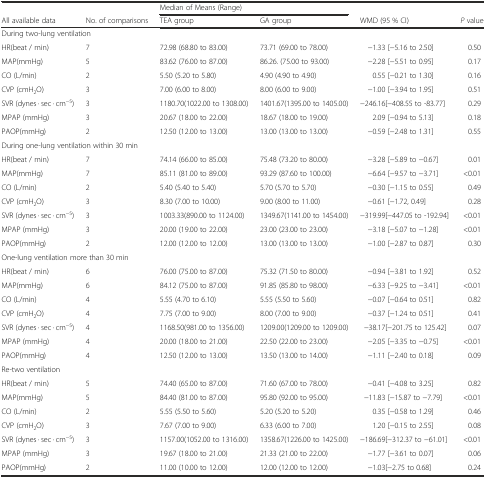
<table><thead><tr><td></td><td></td><td colspan="2"><b>Median of Means (Range)</b></td><td></td><td></td></tr><tr><td><b>All available data</b></td><td><b>No. of comparisons</b></td><td><b>TEA group</b></td><td><b>GA group</b></td><td><b>WMD (95 % CI)</b></td><td><b><i>P</i> value</b></td></tr></thead><tbody><tr><td colspan="6">During two-lung ventilation</td></tr><tr><td>HR(beat / min)</td><td>7</td><td>72.98 (68.80 to 83.00)</td><td>73.71 (69.00 to 78.00)</td><td>−1.33 [−5.16 to 2.50]</td><td>0.50</td></tr><tr><td>MAP(mmHg)</td><td>5</td><td>83.62 (76.00 to 87.00)</td><td>86.26. (75.00 to 93.00)</td><td>−2.28 [−5.51 to 0.95]</td><td>0.17</td></tr><tr><td>CO (L/min)</td><td>2</td><td>5.50 (5.20 to 5.80)</td><td>4.90 (4.90 to 4.90)</td><td>0.55 [−0.21 to 1.30]</td><td>0.16</td></tr><tr><td>CVP (cmH<sub>2</sub>O)</td><td>3</td><td>7.00 (6.00 to 8.00)</td><td>8.00 (6.00 to 9.00)</td><td>−1.00 [−3.94 to 1.95]</td><td>0.51</td></tr><tr><td>SVR (dynes · sec · cm<sup>−5</sup>)</td><td>3</td><td>1180.70(1022.00 to 1308.00)</td><td>1401.67(1395.00 to 1405.00)</td><td>−246.16[−408.55 to -83.77]</td><td>0.29</td></tr><tr><td>MPAP (mmHg)</td><td>3</td><td>20.67 (18.00 to 22.00)</td><td>18.67 (18.00 to 19.00)</td><td>2.09 [−0.94 to 5.13]</td><td>0.18</td></tr><tr><td>PAOP(mmHg)</td><td>2</td><td>12.50 (12.00 to 13.00)</td><td>13.00 (13.00 to 13.00)</td><td>−0.59 [−2.48 to 1.31]</td><td>0.55</td></tr><tr><td colspan="6">During one-lung ventilation within 30 min</td></tr><tr><td>HR(beat / min)</td><td>7</td><td>74.14 (66.00 to 85.00)</td><td>75.48 (73.20 to 80.00)</td><td>−3.28 [−5.89 to −0.67]</td><td>0.01</td></tr><tr><td>MAP(mmHg)</td><td>7</td><td>85.11 (81.00 to 89.00)</td><td>93.29 (87.60 to 100.00)</td><td>−6.64 [−9.57 to −3.71]</td><td>&lt;0.01</td></tr><tr><td>CO (L/min)</td><td>2</td><td>5.40 (5.40 to 5.40)</td><td>5.70 (5.70 to 5.70)</td><td>−0.30 [−1.15 to 0.55]</td><td>0.49</td></tr><tr><td>CVP (cmH<sub>2</sub>O)</td><td>3</td><td>8.30 (7.00 to 10.00)</td><td>9.00 (8.00 to 11.00)</td><td>−0.61 [−1.72, 0.49]</td><td>0.28</td></tr><tr><td>SVR (dynes · sec · cm<sup>−5</sup>)</td><td>3</td><td>1003.33(890.00 to 1124.00)</td><td>1349.67(1141.00 to 1454.00)</td><td>−319.99[−447.05 to -192.94]</td><td>&lt;0.01</td></tr><tr><td>MPAP (mmHg)</td><td>3</td><td>20.00 (19.00 to 22.00)</td><td>23.00 (23.00 to 23.00)</td><td>−3.18 [−5.07 to −1.28]</td><td>&lt;0.01</td></tr><tr><td>PAOP(mmHg)</td><td>2</td><td>12.00 (12.00 to 12.00)</td><td>13.00 (13.00 to 13.00)</td><td>−1.00 [−2.87 to 0.87]</td><td>0.30</td></tr><tr><td colspan="6">One-lung ventilation more than 30 min</td></tr><tr><td>HR(beat / min)</td><td>6</td><td>76.00 (75.00 to 87.00)</td><td>75.32 (71.50 to 80.00)</td><td>−0.94 [−3.81 to 1.92]</td><td>0.52</td></tr><tr><td>MAP(mmHg)</td><td>6</td><td>84.12 (75.00 to 87.00)</td><td>91.85 (85.80 to 98.00)</td><td>−6.33 [−9.25 to −3.41]</td><td>&lt;0.01</td></tr><tr><td>CO (L/min)</td><td>4</td><td>5.55 (4.70 to 6.10)</td><td>5.55 (5.50 to 5.60)</td><td>−0.07 [−0.64 to 0.51]</td><td>0.82</td></tr><tr><td>CVP (cmH<sub>2</sub>O)</td><td>4</td><td>7.75 (7.00 to 9.00)</td><td>8.00 (7.00 to 9.00)</td><td>−0.37 [−1.24 to 0.51]</td><td>0.41</td></tr><tr><td>SVR (dynes · sec · cm<sup>−5</sup>)</td><td>4</td><td>1168.50(981.00 to 1356.00)</td><td>1209.00(1209.00 to 1209.00)</td><td>−38.17[−201.75 to 125.42]</td><td>0.07</td></tr><tr><td>MPAP (mmHg)</td><td>4</td><td>20.00 (18.00 to 21.00)</td><td>22.50 (22.00 to 23.00)</td><td>−2.05 [−3.35 to −0.75]</td><td>&lt;0.01</td></tr><tr><td>PAOP(mmHg)</td><td>4</td><td>12.50 (12.00 to 13.00)</td><td>13.50 (13.00 to 14.00)</td><td>−1.11 [−2.40 to 0.18]</td><td>0.09</td></tr><tr><td colspan="6">Re-two ventilation</td></tr><tr><td>HR(beat / min)</td><td>5</td><td>74.40 (65.00 to 87.00)</td><td>71.60 (67.00 to 78.00)</td><td>−0.41 [−4.08 to 3.25]</td><td>0.82</td></tr><tr><td>MAP(mmHg)</td><td>5</td><td>84.40 (81.00 to 87.00)</td><td>95.80 (92.00 to 95.00)</td><td>−11.83 [−15.87 to −7.79]</td><td>&lt;0.01</td></tr><tr><td>CO (L/min)</td><td>2</td><td>5.55 (5.50 to 5.60)</td><td>5.20 (5.20 to 5.20)</td><td>0.35 [−0.58 to 1.29]</td><td>0.46</td></tr><tr><td>CVP (cmH<sub>2</sub>O)</td><td>3</td><td>7.67 (7.00 to 9.00)</td><td>6.33 (6.00 to 7.00)</td><td>1.20 [−0.15 to 2.55]</td><td>0.08</td></tr><tr><td>SVR (dynes · sec · cm<sup>−5</sup>)</td><td>3</td><td>1157.00(1052.00 to 1316.00)</td><td>1358.67(1226.00 to 1425.00)</td><td>−186.69[−312.37 to −61.01]</td><td>&lt;0.01</td></tr><tr><td>MPAP (mmHg)</td><td>3</td><td>19.67 (18.00 to 21.00)</td><td>21.33 (21.00 to 22.00)</td><td>−1.77 [−3.61 to 0.07]</td><td>0.06</td></tr><tr><td>PAOP(mmHg)</td><td>2</td><td>11.00 (10.00 to 12.00)</td><td>12.00 (12.00 to 12.00)</td><td>−1.03[−2.75 to 0.68]</td><td>0.24</td></tr></tbody></table>